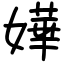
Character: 嬅